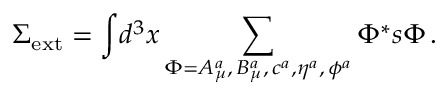
\Sigma _ { \mathrm { e x t } } = \displaystyle { \int } d ^ { 3 } x \sum _ { \Phi = A _ { \mu } ^ { a } , \, B _ { \mu } ^ { a } , \, c ^ { a } , \eta ^ { a } , \, \phi ^ { a } } \Phi ^ { * } s \Phi \, .